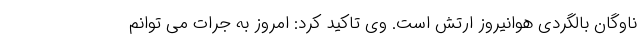
ناوگان بالگردی هوانیروز ارتش است. وی تاکید کرد: امروز به جرات می توانم